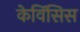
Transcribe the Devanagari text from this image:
केविंसिस